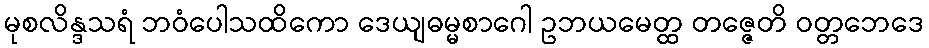
မုစလိန္ဒသရံ ဘဝံပေါသထိကော ဒေယျဓမ္မစာဂေါ ဥဘယမေတ္ထ တဇ္ဇေတိ ဝတ္တဘေဒေ